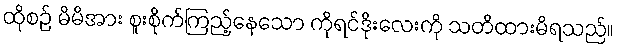
ထိုစဉ် မိမိအား စူးစိုက်ကြည့်နေသော ကိုရင်ဒိုးလေးကို သတိထားမိရသည်။